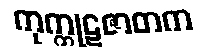
ကုက္ကုဋဇာတက